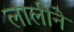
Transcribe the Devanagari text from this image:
लालीने